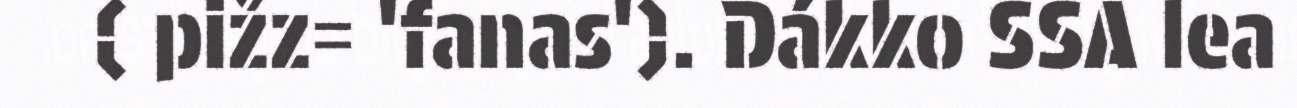
( pižz= 'fanas'). Dákko SSA lea